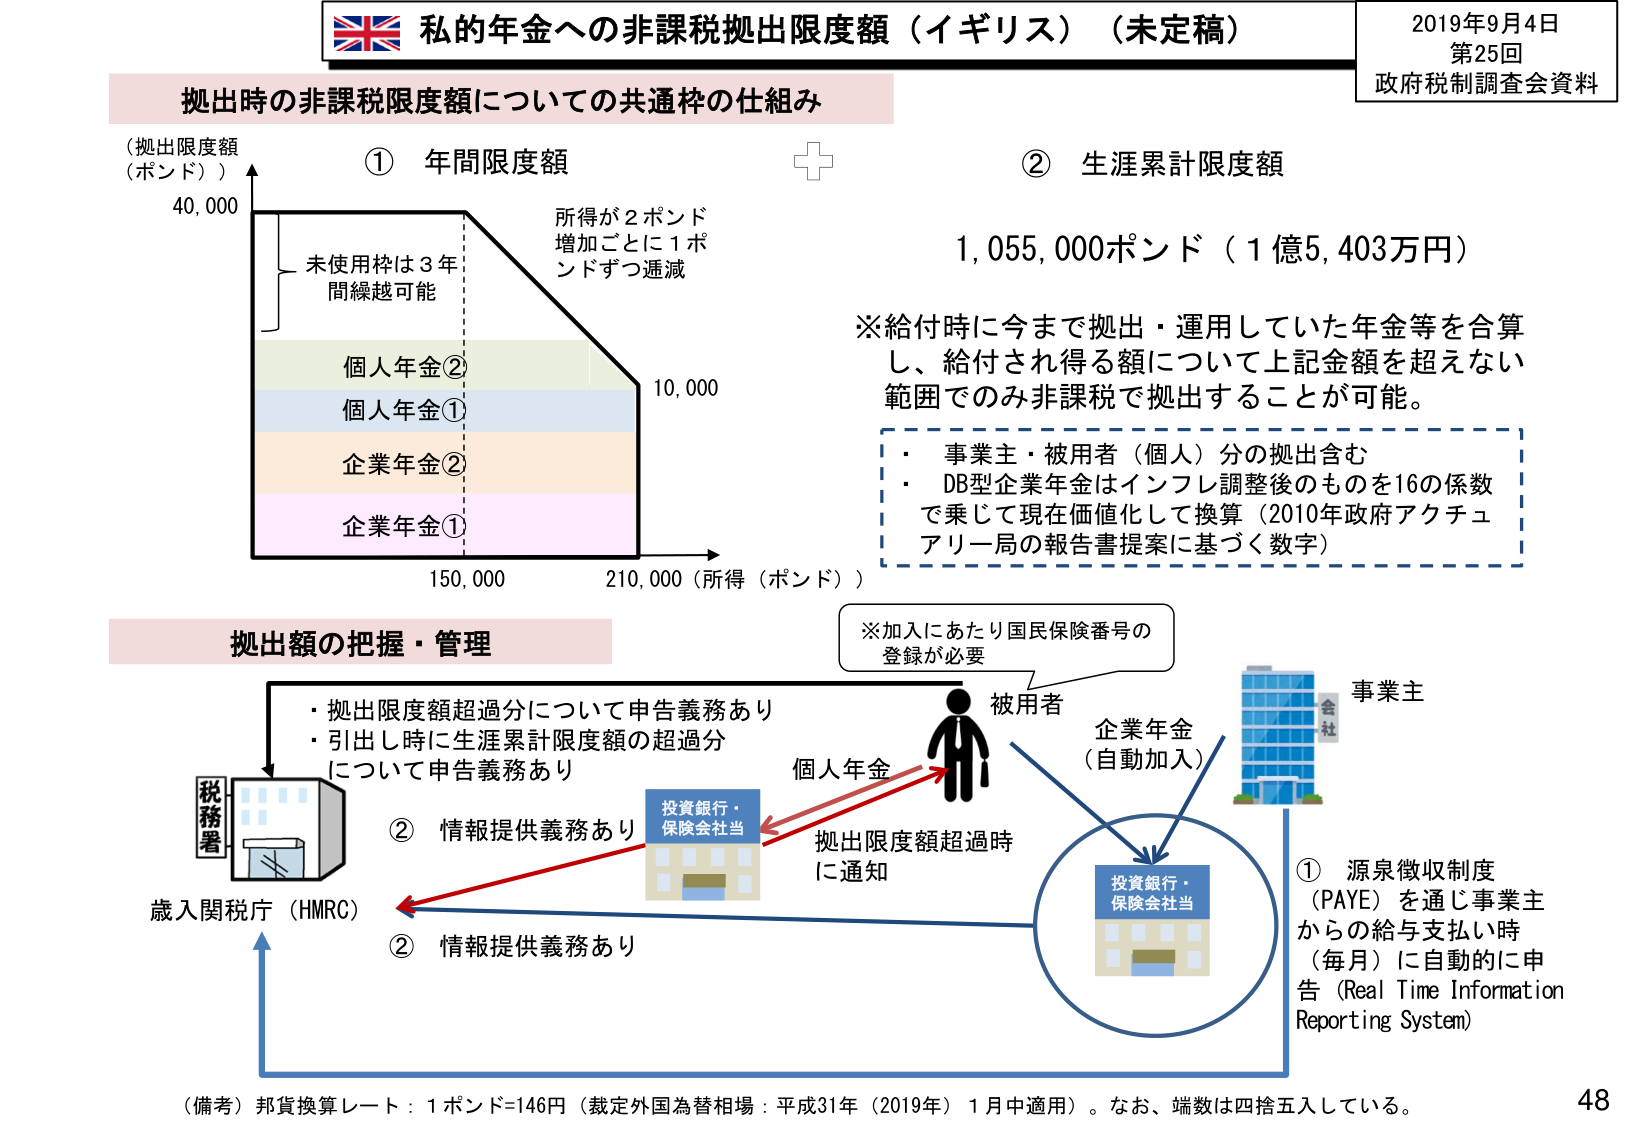
私的年金への非課税拠出限度額（イギリス）（未定稿）
2019年9月4日
第25回
政府税制調査会資料

拠出時の非課税限度額についての共通枠の仕組み

（拠出限度額
（ポンド））
① 年間限度額
40,000
未使用枠は3年間繰越可能
所得が2ポンド増加ごとに1ポンドずつ逓減
個人年金②
個人年金①
企業年金②
企業年金①
10,000
150,000
210,000（所得（ポンド））

② 生涯累計限度額
1,055,000ポンド（1億5,403万円）
※給付時に今まで拠出・運用していた年金等を合算し、給付され得る額について上記金額を超えない範囲でのみ非課税で拠出することが可能。
・事業主・被用者（個人）分の拠出含む
・DB型企業年金はインフレ調整後のものを16の係数で乗じて現在価値化して換算（2010年政府アクチュアリー局の報告書提案に基づく数字）

拠出額の把握・管理
※加入にあたり国民保険番号の登録が必要
被用者
企業年金（自動加入）
事業主
会社
投資銀行・保険会社当
① 源泉徴収制度（PAYE）を通じ事業主からの給与支払い時（毎月）に自動的に申告（Real Time Information Reporting System）
個人年金
拠出限度額超過時に通知
投資銀行・保険会社当
② 情報提供義務あり
② 情報提供義務あり
・拠出限度額超過分について申告義務あり
・引出し時に生涯累計限度額の超過分について申告義務あり
税務署
歳入関税庁（HMRC）

（備考）邦貨換算レート：1ポンド=146円（裁定外国為替相場：平成31年（2019年）1月中適用）。なお、端数は四捨五入している。
48